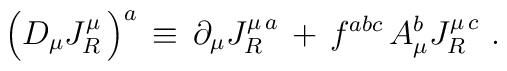
\Big( D_\mu J^\mu_R\,\Big)^a \,\equiv\,\partial_\mu J^{\mu\,a}_R\,+\,f^{abc} \,A_\mu^b J^{\mu\,c}_R\,\,.